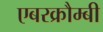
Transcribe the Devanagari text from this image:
एबरक्रौम्बी